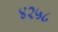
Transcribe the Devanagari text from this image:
४२५८